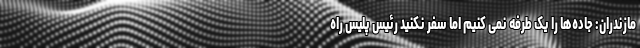
مازندران: جاده‌ها را یک طرفه نمی کنیم اما سفر نکنید رئیس پلیس راه